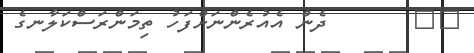
٤٢       ދެން އެއުރެންނަށްފަހު ތިމަންރަސްކަލާނގެ